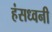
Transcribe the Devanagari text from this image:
हंसध्वनी